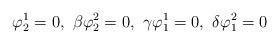
LaTeX: \begin{align*}\varphi^1_2=0,\,\,\beta\varphi^2_2=0,\,\,\gamma \varphi^1_1=0,\,\,\delta \varphi^2_1=0 \end{align*}